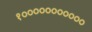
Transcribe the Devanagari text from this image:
१०००००००००००